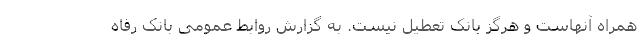
همراه آنهاست و هرگز بانک تعطیل نیست. به گزارش روابط عمومی بانک رفاه